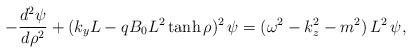
LaTeX: \begin{align*}-{d^2\psi\over d\rho^2}+(k_y L-q B_0 L^2 \tanh\rho)^2\, \psi=(\omega^2-k_z^2-m^2)\,L^2\,\psi,\end{align*}